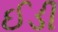
ઈડી